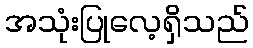
အသုံးပြုလေ့ရှိသည်